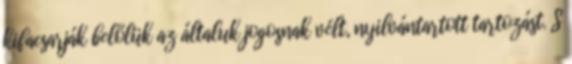
kifacsarják belőlük az általuk jogosnak vélt, nyilvántartott tartozást. S